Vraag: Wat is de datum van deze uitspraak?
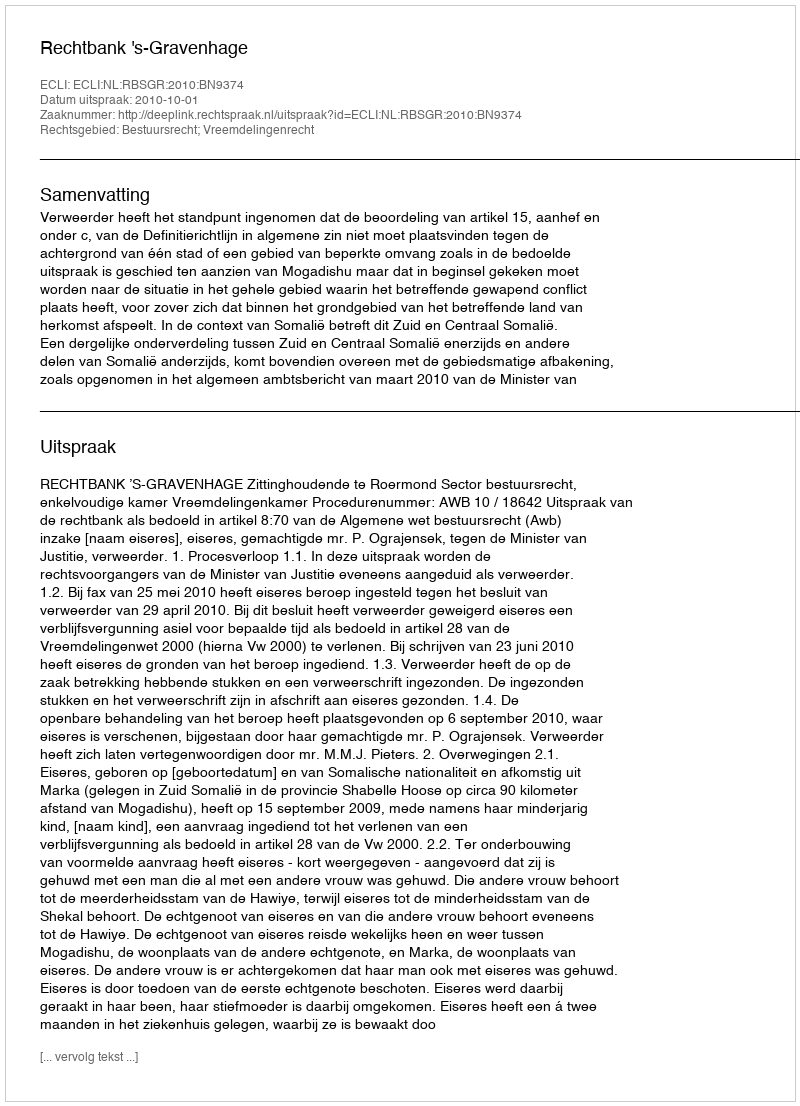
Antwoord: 2010-10-01